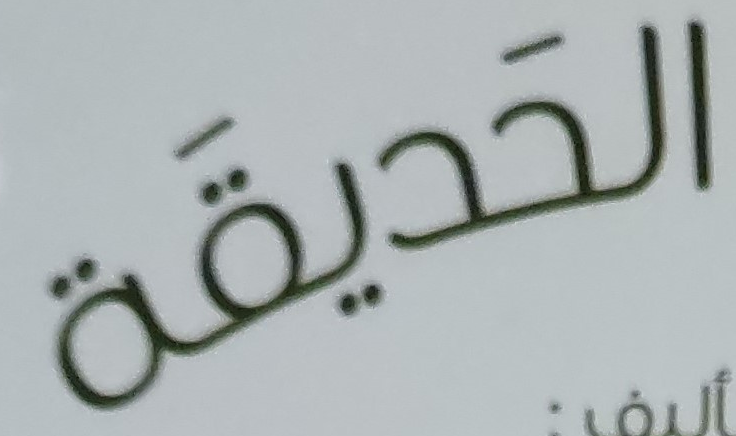
الحديقة